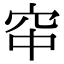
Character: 䆔